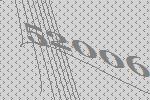
52006